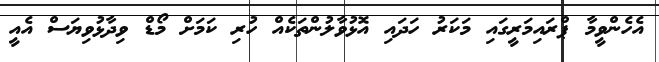
އެހެންވީމާ ޕްރައިމަރީގައި މަކަރު ހަދައި އޮޅުވާލުންތަކެއް ހުރި ކަމަށް މޯޑް ވިދާޅުވިޔަސް އެއީ